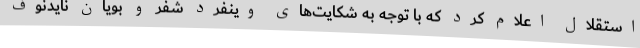
استقلال اعلام کرد که با توجه به شکایت‌های وینفرد شفر و بویان نایدنوف